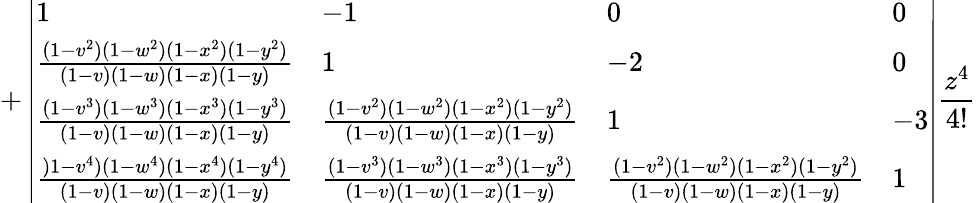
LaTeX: +\left|\begin{array}{llll}{1}&{-1}&{0}&{0}\\ {\frac{(1-v^{2})(1-w^{2})(1-x^{2})(1-y^{2})}{(1-v)(1-w)(1-x)(1-y)}}&{1}&{-2}&{0}\\ {\frac{(1-v^{3})(1-w^{3})(1-x^{3})(1-y^{3})}{(1-v)(1-w)(1-x)(1-y)}}&{\frac{(1-v^{2})(1-w^{2})(1-x^{2})(1-y^{2})}{(1-v)(1-w)(1-x)(1-y)}}&{1}&{-3}\\ {\frac{)1-v^{4})(1-w^{4})(1-x^{4})(1-y^{4})}{(1-v)(1-w)(1-x)(1-y)}}&{\frac{(1-v^{3})(1-w^{3})(1-x^{3})(1-y^{3})}{(1-v)(1-w)(1-x)(1-y)}}&{\frac{(1-v^{2})(1-w^{2})(1-x^{2})(1-y^{2})}{(1-v)(1-w)(1-x)(1-y)}}&{1}\end{array}\right|\frac{z^{4}}{4!}